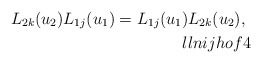
\begin{align*}L_{2 k}(u_2)L_{1 j}(u_1)=L_{1 j}(u_1) L_{2 k}(u_2), \ \\ll{nijhof4}\end{align*}